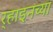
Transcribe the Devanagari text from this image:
र्‍हाइनच्या